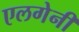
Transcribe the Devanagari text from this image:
एलगेनी